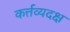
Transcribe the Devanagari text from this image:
कर्त्तव्यदक्ष